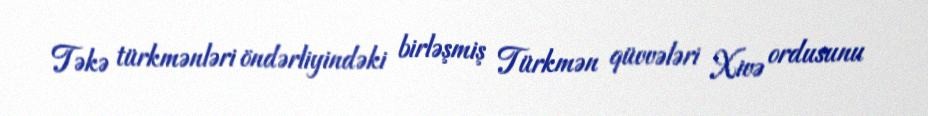
Təkə türkmənləri öndərliyindəki birləşmiş Türkmən qüvvələri Xivə ordusunu